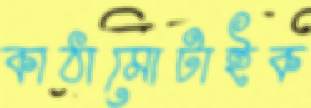
কাঠামোটাইক